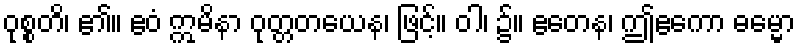
ဝုစ္စတိ၊ ၏။ ဧဝံ ဣမိနာ ဝုတ္တတယေန၊ ဖြင့်။ ဝါ၊ ၌။ ဧတေန၊ ဤဧကော ဓမ္မော